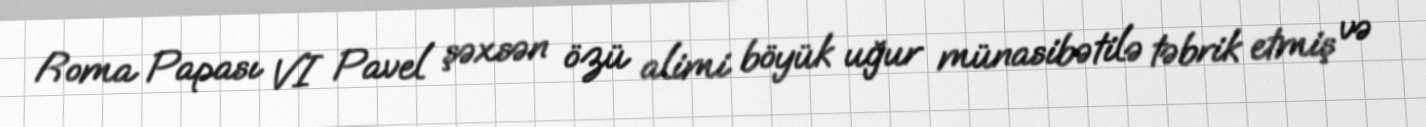
Roma Papası VI Pavel şəxsən özü alimi böyük uğur münasibətilə təbrik etmiş və